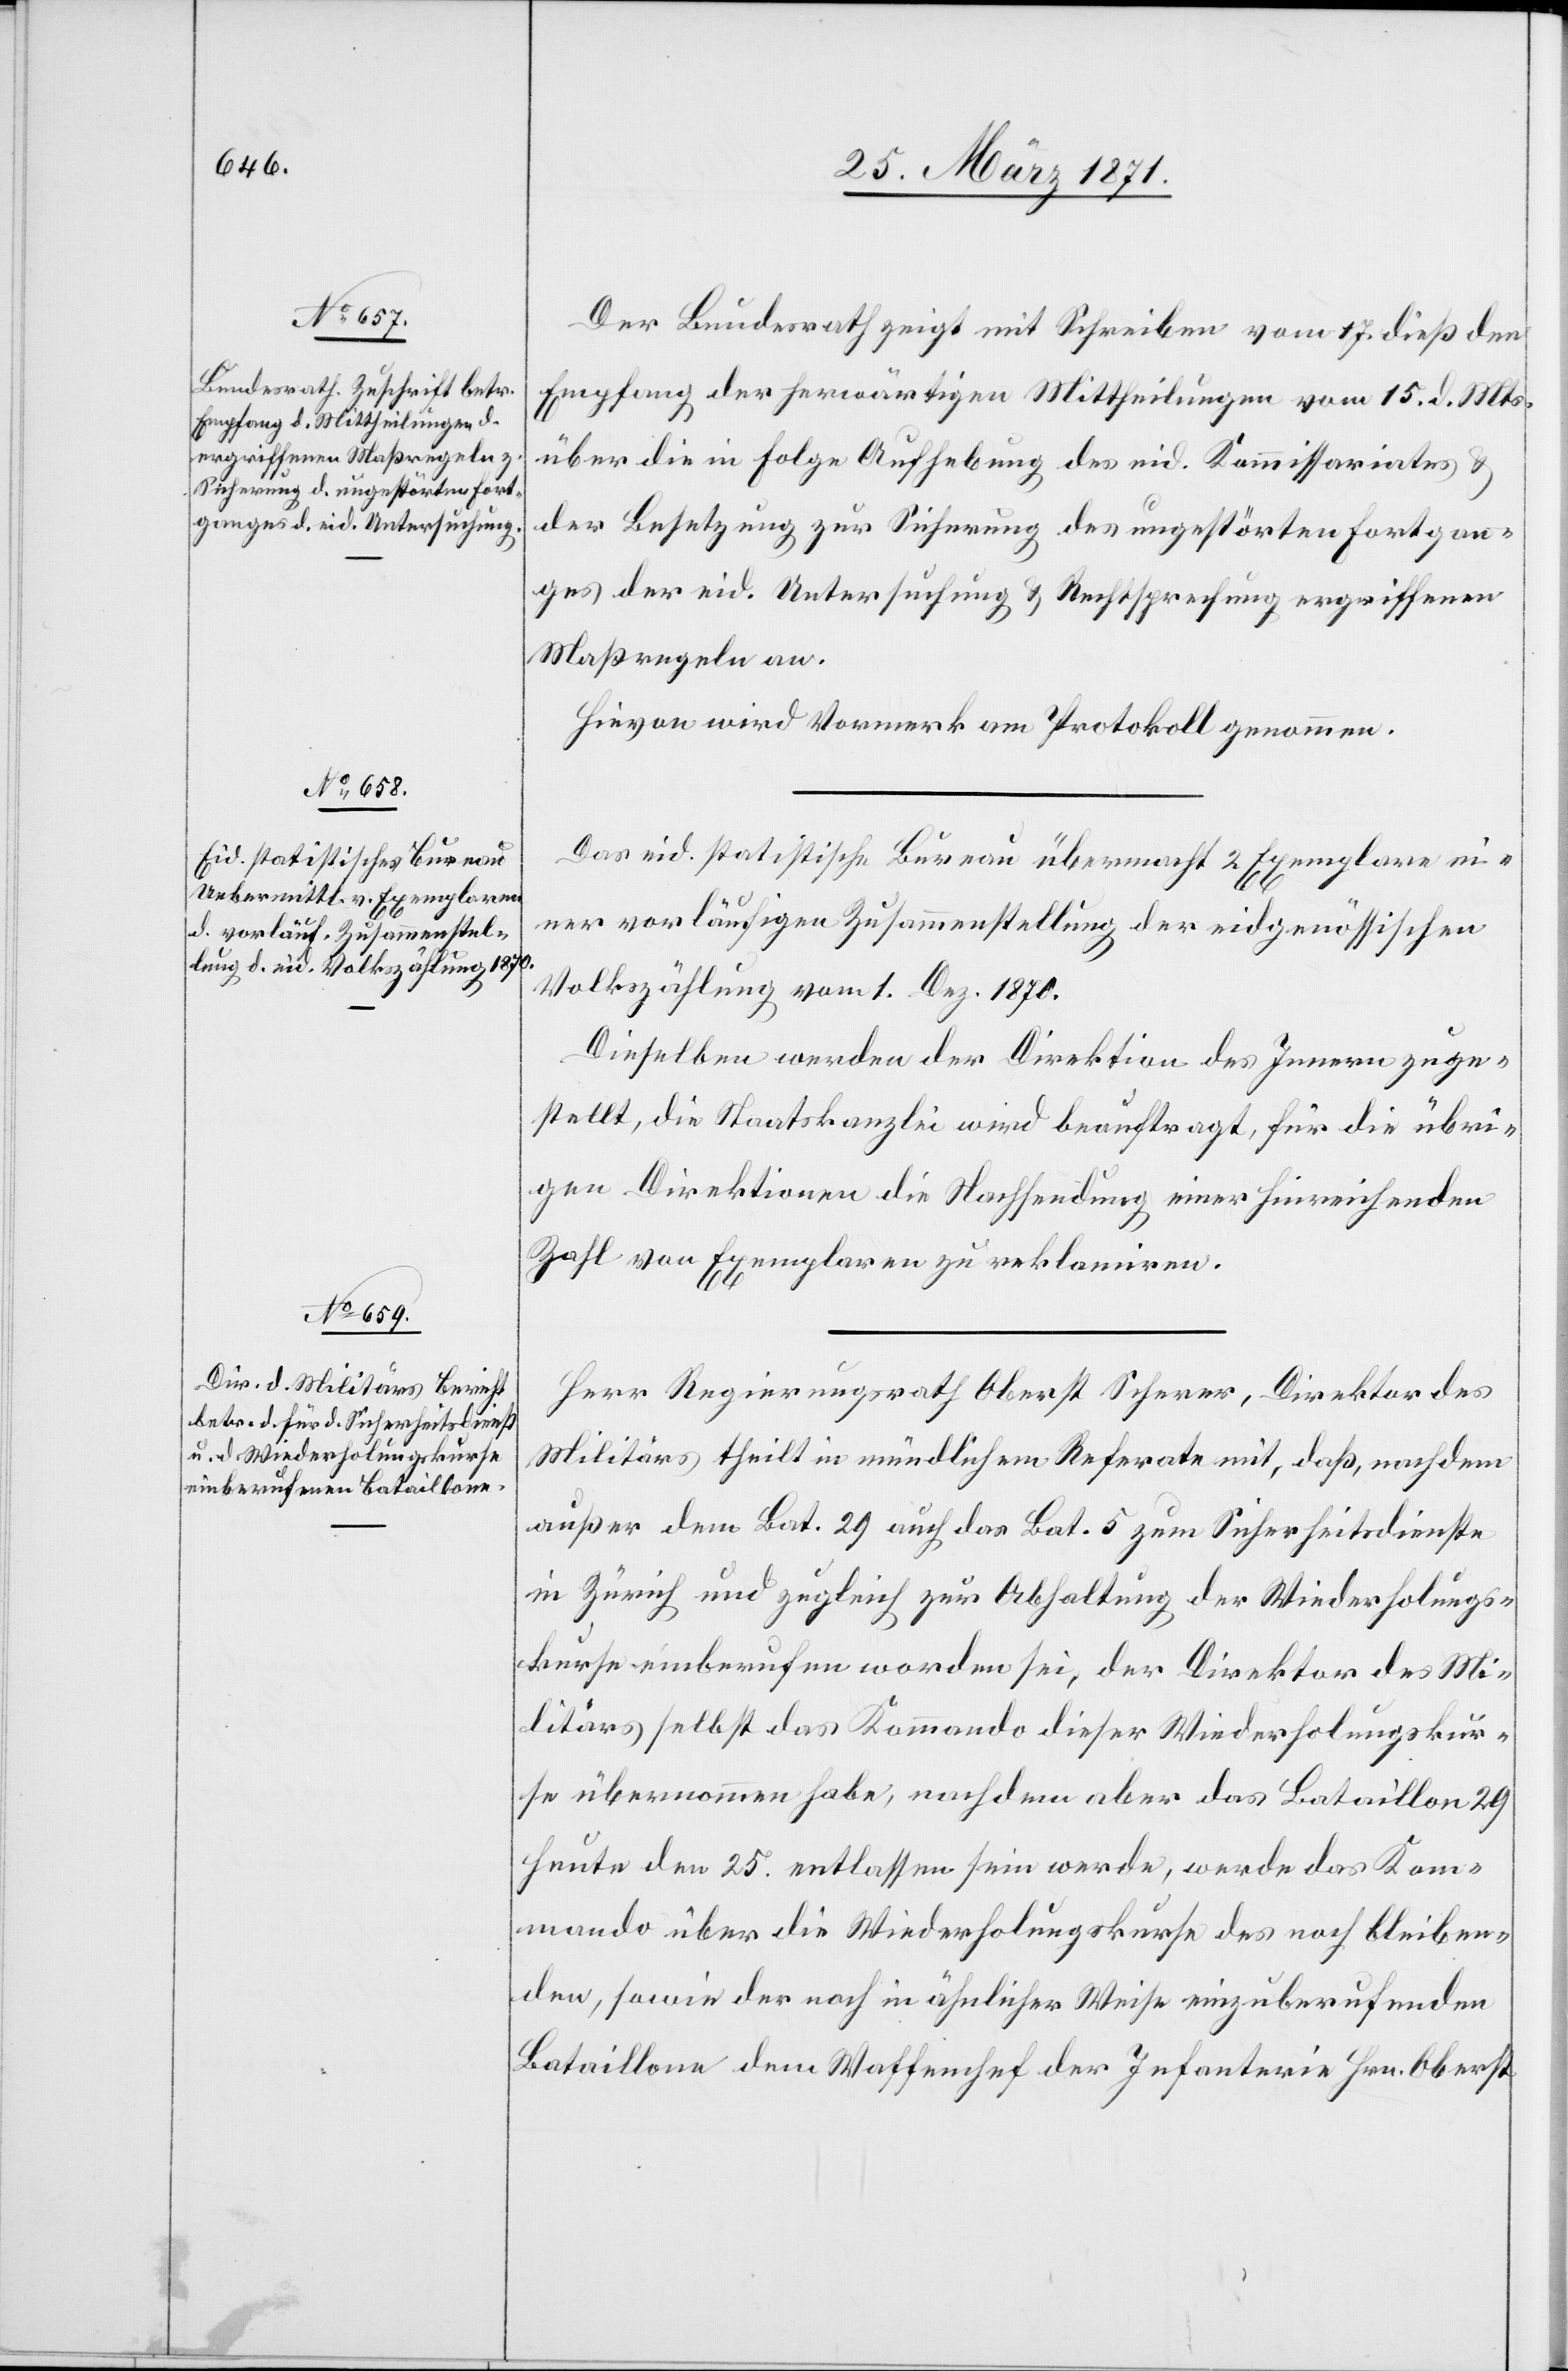
Der Bundesrath zeigt mit Schreiben vom 17. dieß den
Empfang der herwärtigen Mittheilung vom 15. d. Mts.
über die in Folge Aufhebung des eid. Kommissariates u.
der Besetzung zur Sicherung des ungestörten Fortgan¬
ges der eid. Untersuchung u. Rechtsprechung ergriffenen
Maßregeln an.
Hievon wird Vormerk am Protokoll genommen.
Das eid. statistische Bureau übermacht 2 Exemplare ein¬
er vorläufigen Zusammenstellung der eidgenössischen
Volkszählung vom 1. Dez. 1870.
Dieselben werden der Direktion des Innern zuge¬
stellt, die Staatskanzlei wird beauftragt, für die übri¬
gen Direktionen die Nachsendung einer hinreichenden
Zahl von Exemplaren zu reklamiren.
Herr Regierungsrath Oberst Scherer, Direktor des
Militärs theilt in mündlichem Referate mit, daß, nachdem
außer dem Bat. 29 auch das Bat. 5 zum Sicherheitsdienste
in Zürich und zugleich zur Abhaltung der Wiederholungs¬
kurse einberufen worden sei, der Direktor des Mi¬
litärs selbst das Kommando dieser Wiederholungskur¬
se übernommen habe, nachdem aber das Bataillon 29
heute den 25. entlassen sein werde, werde das Kom¬
mando über die Wiederholungskurse des noch bleiben¬
den, sowie der noch in ähnlicher Weise einzuberufenden
Bataillone dem Waffenchef der Infanterie Hrn. Oberst